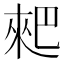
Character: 𠌊